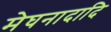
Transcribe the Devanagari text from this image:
मेघनादादि